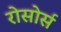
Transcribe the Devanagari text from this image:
रोसोर्स